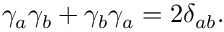
\gamma _ { a } \gamma _ { b } + \gamma _ { b } \gamma _ { a } = 2 \delta _ { a b } .